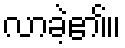
လာခဲ့၏။